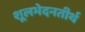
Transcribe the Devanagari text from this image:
शूलभेदनतीर्थ